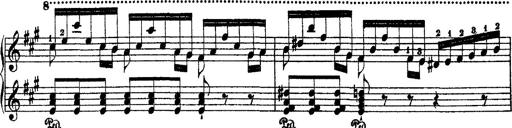
Title: 2 KonzertetÃ¼den
Composer: Franz Liszt